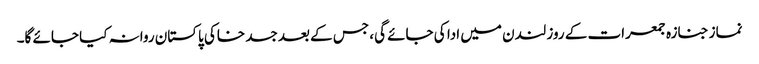
نماز جنازہ جمعرات کے روز لندن میں ادا کی جائے گی، جس کے بعد جسد خاکی پاکستان روانہ کیا جائے گا۔